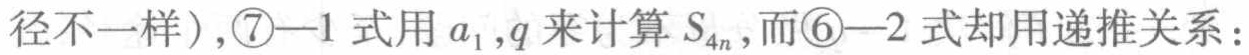
径不一样),\textcircled{7}—1式用\(a_1,q\)来计算\(S_{4n}\),而\textcircled{6}—2式却用递推关系：